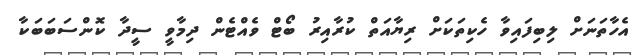
އެހާތަނަށް ލިބިފައިވާ ހެކިތަކަށް ރިޔާއަތް ކުރާއިރު ބޯޓް ވެއްޓެން ދިމާވީ ސީދާ ކޮންސަބަބަކާ